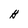
Character: H